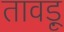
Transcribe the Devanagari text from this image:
तावड़ू